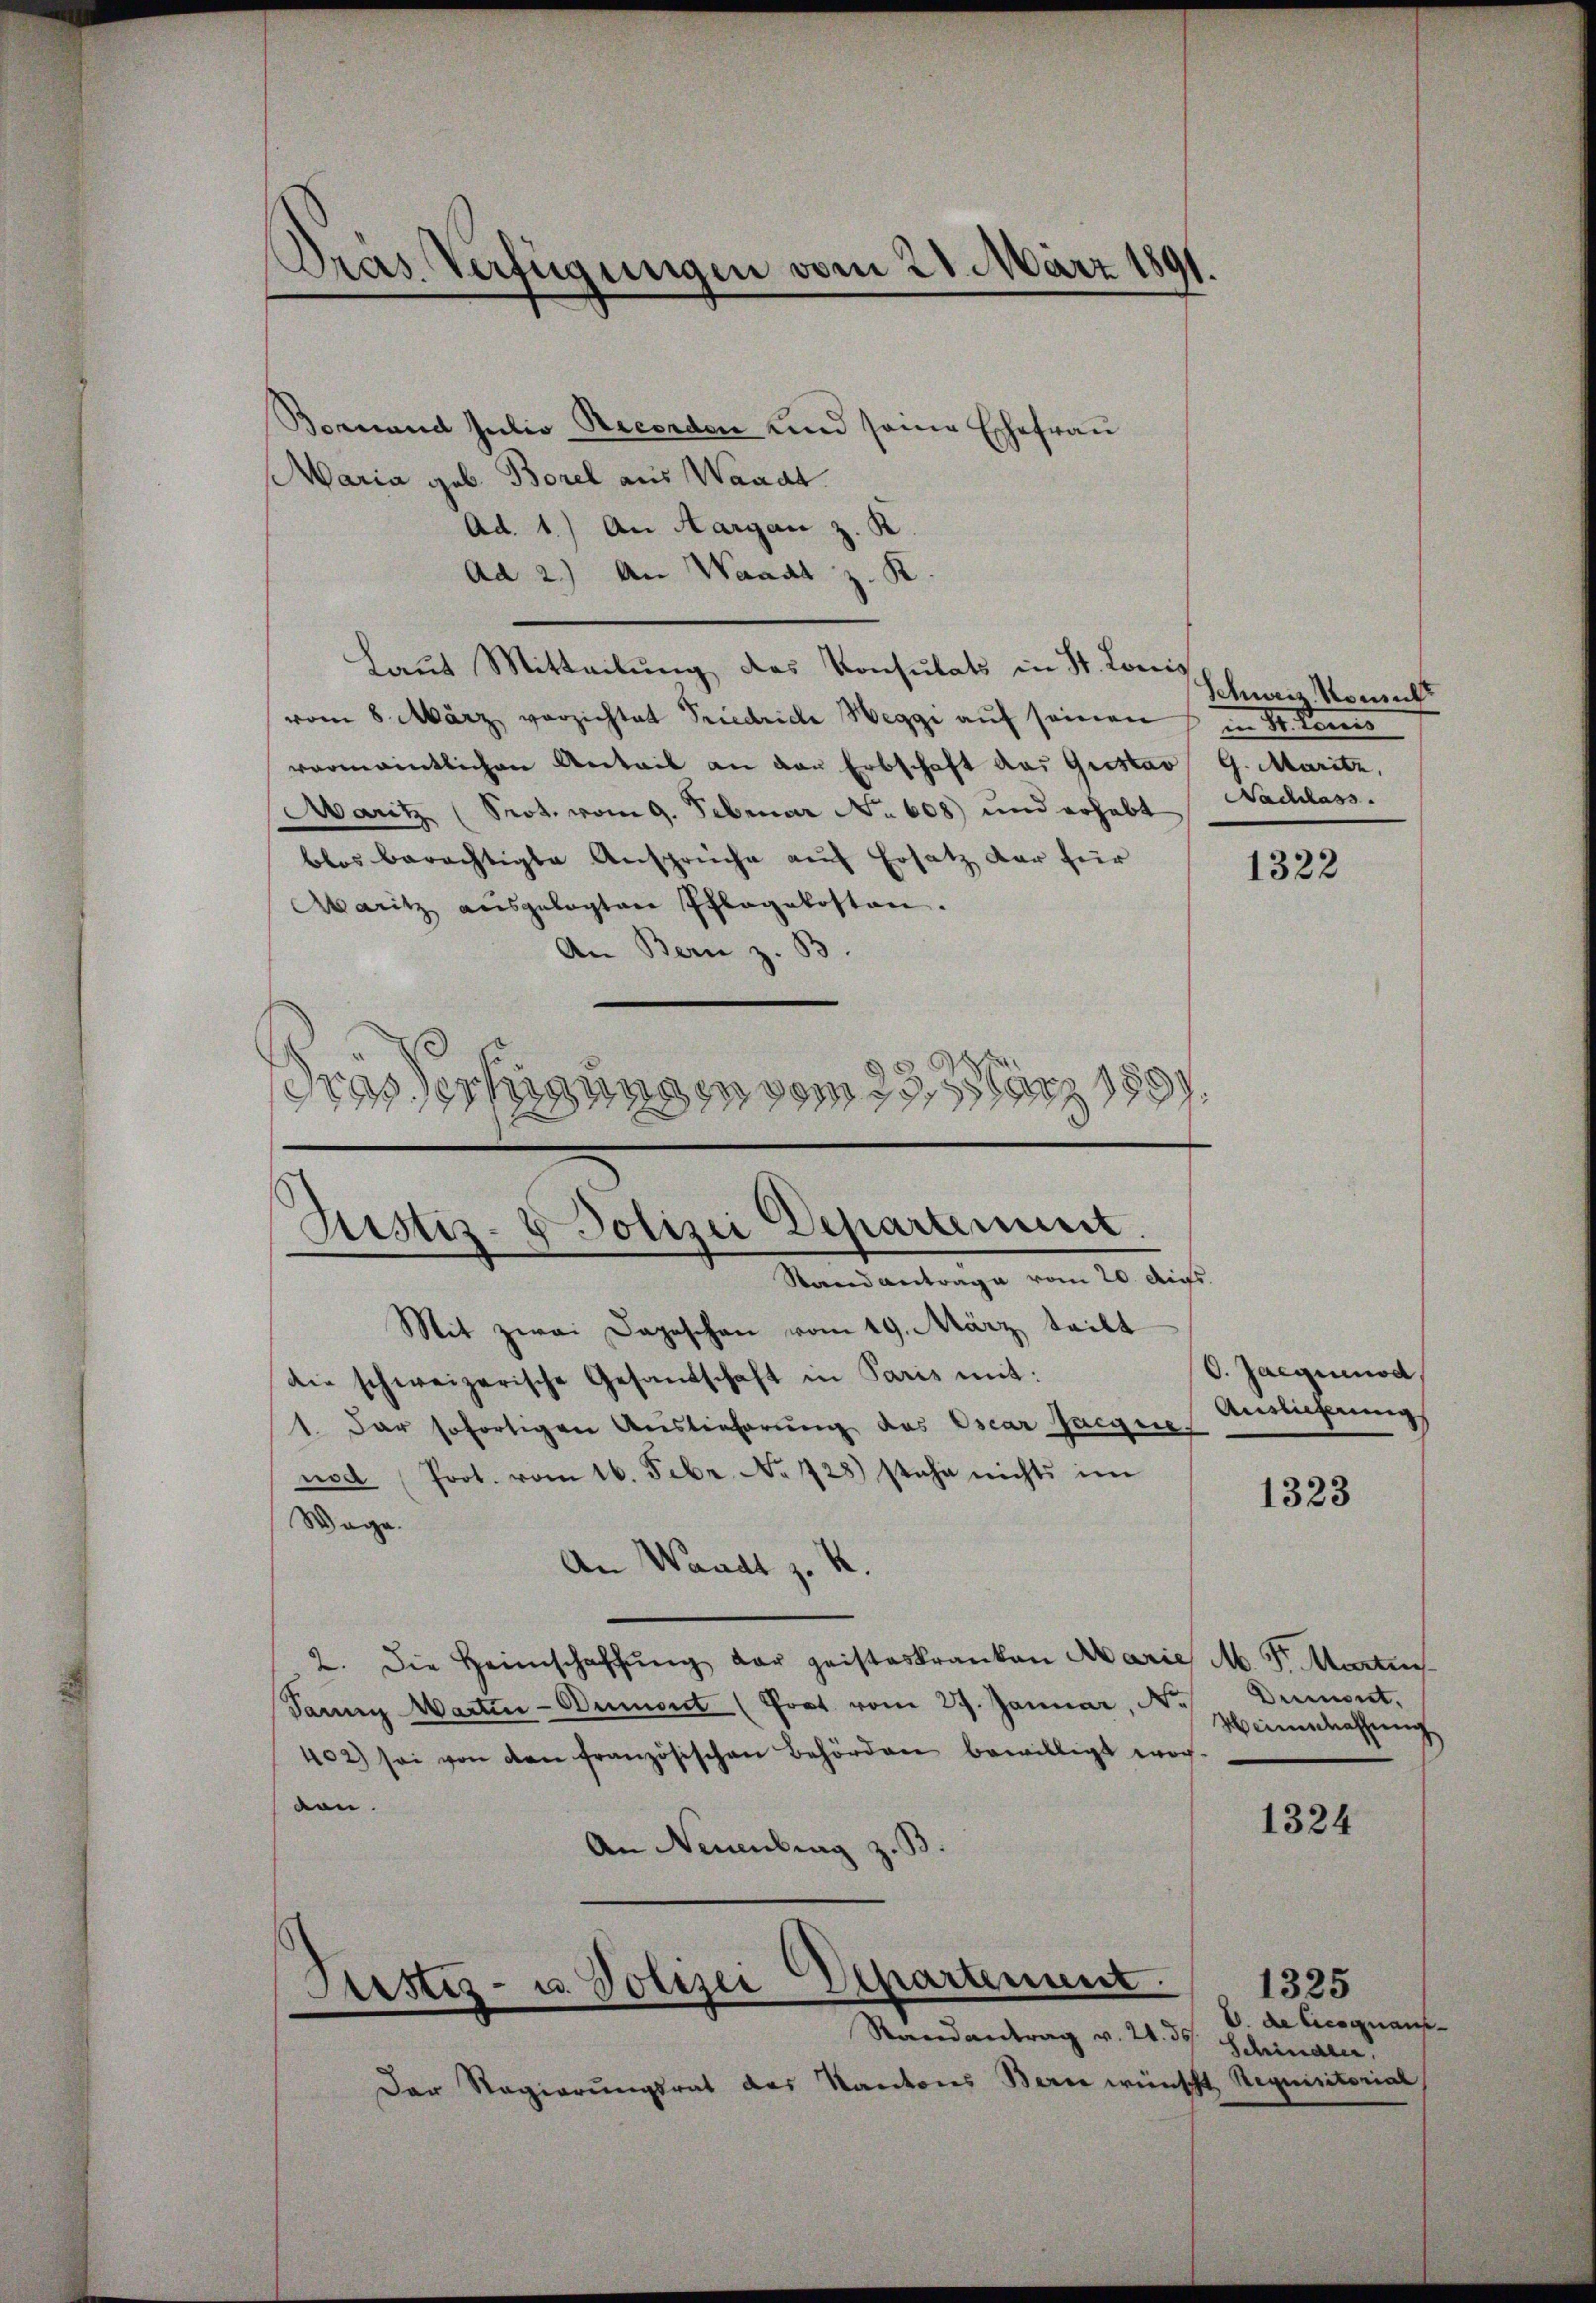
Dras Verfügungen vom 21. März 1891.

Bornand Julio Recenden und seine Ehefrau
Maria geb. Borel aus Waadt
Ad. 1.) An Aargau z. R
Ad 2.) An Waadt z. K
Laut Mitteilung des Konsulats in St. Louis
vom 8. März verzichtet Friedriche Weggi auf seinen
vormanntlichen Anteil an den Erbschaft das Gristav G. Maritz,
Maritz (Prot. vom 9. Februar No. 608) und erhebt
blos berechtigte Ansprüche auf Ersatz der für
Aaritz ausgelegten Pflegekosten.
An Bern z. B.
drassertigungen vom 23. März 1891.

Justiz- & Polizei Departement.
Standantrage vom 20. Aus

Mit zwei Dageschen vom 19. März teilt
Die schweizerische Gesandschaft in Paris mit:
1. Dar sofortigen Auslieferung des Oscar fargue,
nod (Prot. vom 16. Febr. No 728) stehe nichts im
Wage.
An Waadt z. S.
2. Die Heimschaffŭng der geisteskranken Marie M. Fr. Martins
Tarng Marten-Bument (Prot. vom 27. Januar, N.
402) sei von den französischen Behörden bewilligt wer-
von.
1324
An Neuenbrag z. B.
Justiz- u. Polizei Departement.
1325
.
V. de Cicognaus¬
Randantrag v. 24. 30. Schinare,
Der Regierungsrat des Kantons Bern wünscht Requisitorial

Schweiz. Komecht
in Dr. Köni
Nachlass.

1322

O. Jaeguenod
Auslieferung

1323

Dumont,
Weimathung